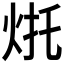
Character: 𰞌